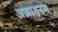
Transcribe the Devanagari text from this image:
अग्राहरम